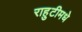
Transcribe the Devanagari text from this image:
राहुटीमधे